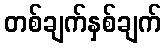
တစ်ချက်နှစ်ချက်